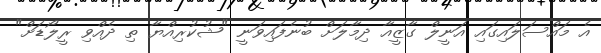
އެ މައްސަލައިގައި އަނީލް ގާޒީއާ ދިމާލަށް ބުނެފައިވަނީ "ޝުކުރިއްޔާ ތި ދެއްވި ރީލޯޑަށް"